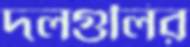
দলগুলির